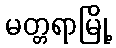
မတ္တရာမြို့